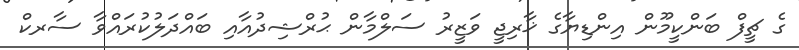
ގެ ޗީފް ބަންކީމޫން އިންޑިޔާގެ ޚާރިޖީ ވަޒީރު ސަލްމާން ޙުރްޝިދުއާއި ބައްދަލުކުރައްވާ ސާރކް